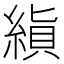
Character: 𬗨